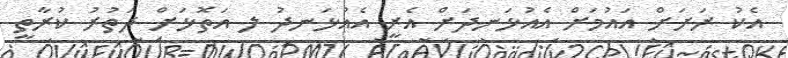
އެކު ރަށަށް އައުމަށް އެއުޅަނދަށް އެރީ އެއުޅަނދު ލ އަތޮޅަށް ދަތުރު ކުރާތީ